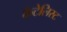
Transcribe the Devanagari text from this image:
कैटेलिस्ट